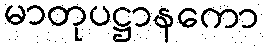
မာတုပဋ္ဌာနကော